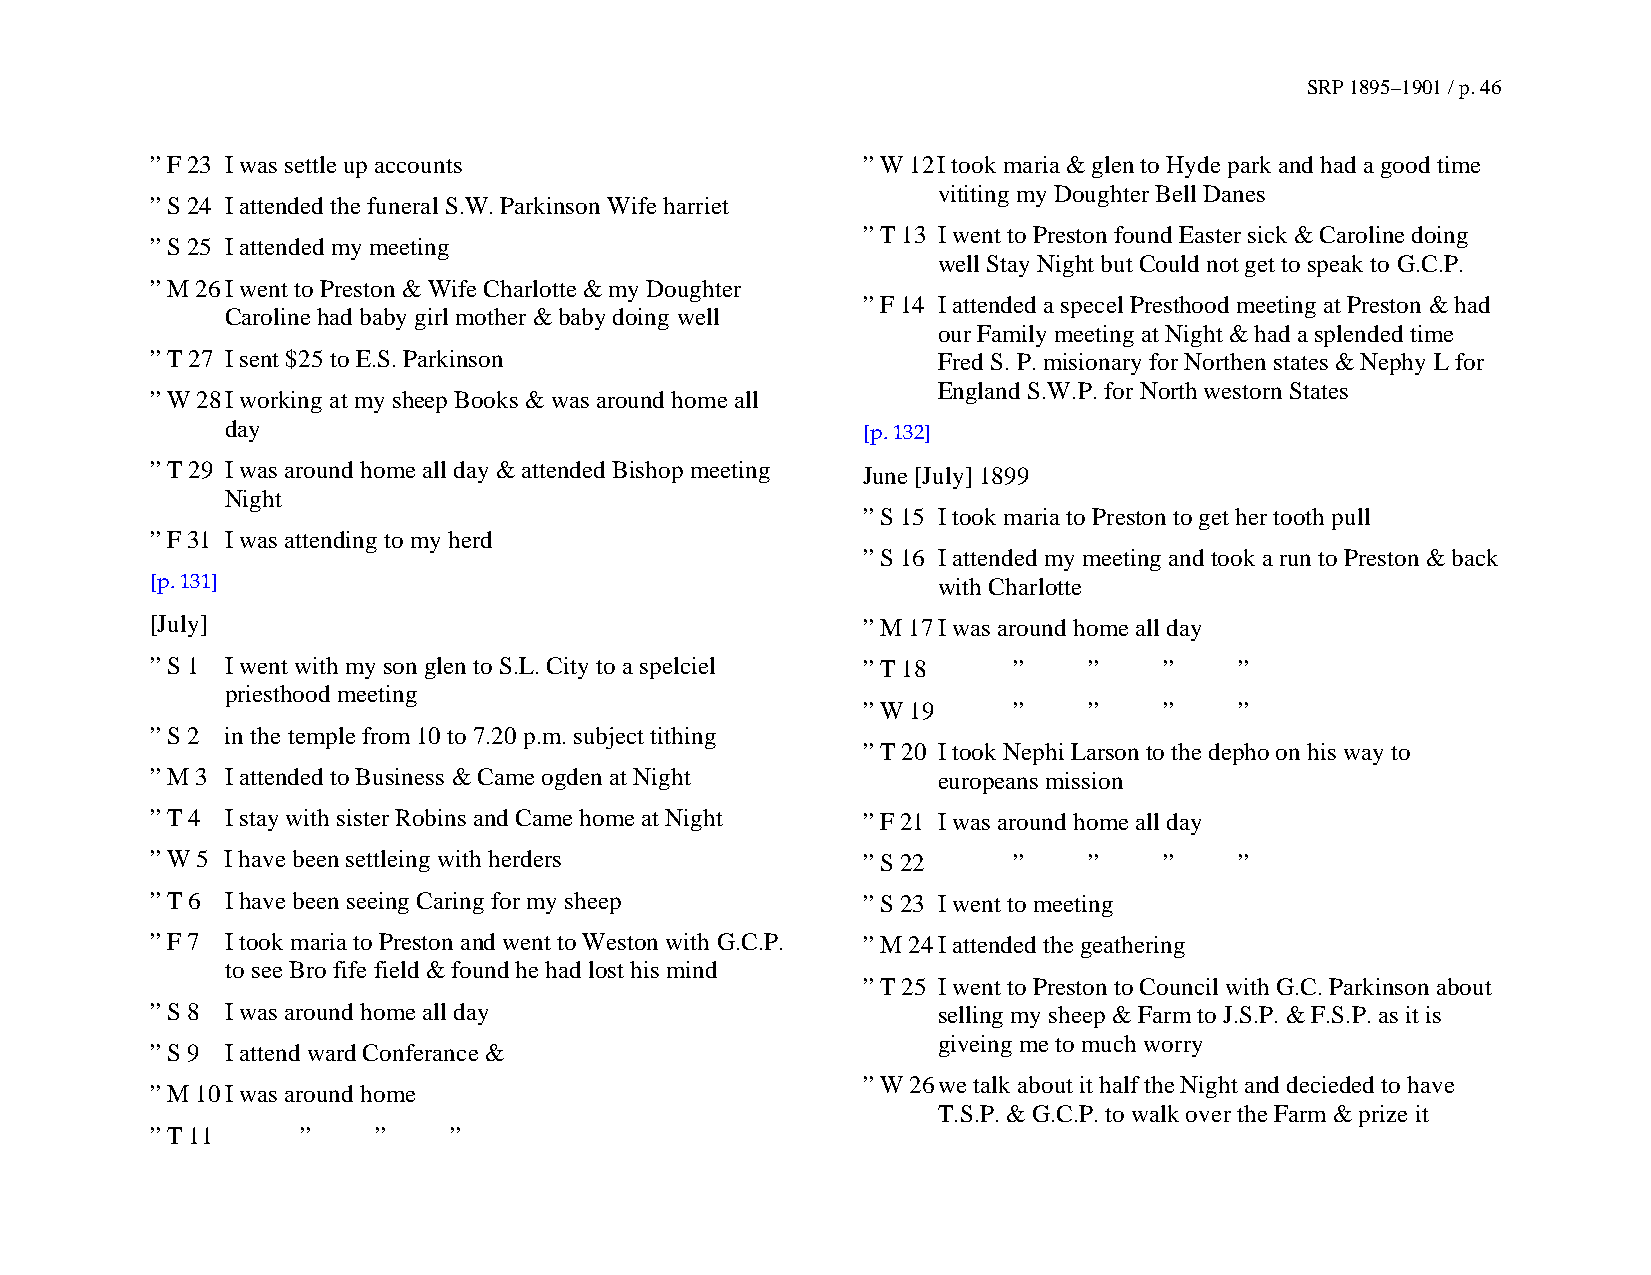
SRP 1895–1901 / p. 46
 ” F 23 I was settle up accounts                ” W 12 I took maria & glen to Hyde park and had a good time
 vititing my Doughter Bell Danes
 ” S 24 I attended the funeral S.W. Parkinson Wife harriet
 ” T 13 I went to Preston found Easter sick & Caroline doing
 ” S 25 I attended my meeting
 well Stay Night but Could not get to speak to G.C.P.
 ” M 26 I went to Preston & Wife Charlotte & my Doughter
 ” F 14 I attended a specel Presthood meeting at Preston & had
 Caroline had baby girl mother & baby doing well
 our Family meeting at Night & had a splended time
 ” T 27 I sent $25 to E.S. Parkinson                 Fred S. P. misionary for Northen states & Nephy L for
 England S.W.P. for North westorn States
 ” W 28 I working at my sheep Books & was around home all
 day
 [p. 132]
 ” T 29 I was around home all day & attended Bishop meeting June [July] 1899
 Night
 ” S 15 I took maria to Preston to get her tooth pull
 ” F 31 I was attending to my herd
 ” S 16 I attended my meeting and took a run to Preston & back
 [p. 131]                                            with Charlotte
 [July]                                         ” M 17 I was around home all day
 ” S 1 I went with my son glen to S.L. City to a spelciel ” T 18 ” ” ”   ”
 priesthood meeting
 ” W 19    ”    ”    ”    ”
 ” S 2 in the temple from 10 to 7.20 p.m. subject tithing
 ” T 20 I took Nephi Larson to the depho on his way to
 ” M 3 I attended to Business & Came ogden at Night  europeans mission
 ” T 4 I stay with sister Robins and Came home at Night ” F 21 I was around home all day
 ” W 5 I have been settleing with herders       ” S 22    ”    ”    ”    ”
 ” T 6 I have been seeing Caring for my sheep   ” S 23 I went to meeting
 ” F 7 I took maria to Preston and went to Weston with G.C.P. ” M 24 I attended the geathering
 to see Bro fife field & found he had lost his mind
 ” T 25 I went to Preston to Council with G.C. Parkinson about
 ” S 8 I was around home all day                     selling my sheep & Farm to J.S.P. & F.S.P. as it is
 giveing me to much worry
 ” S 9 I attend ward Conferance &
 ” W 26 we talk about it half the Night and decieded to have
 ” M 10 I was around home
 T.S.P. & G.C.P. to walk over the Farm & prize it
 ” T 11    ”    ”    ”